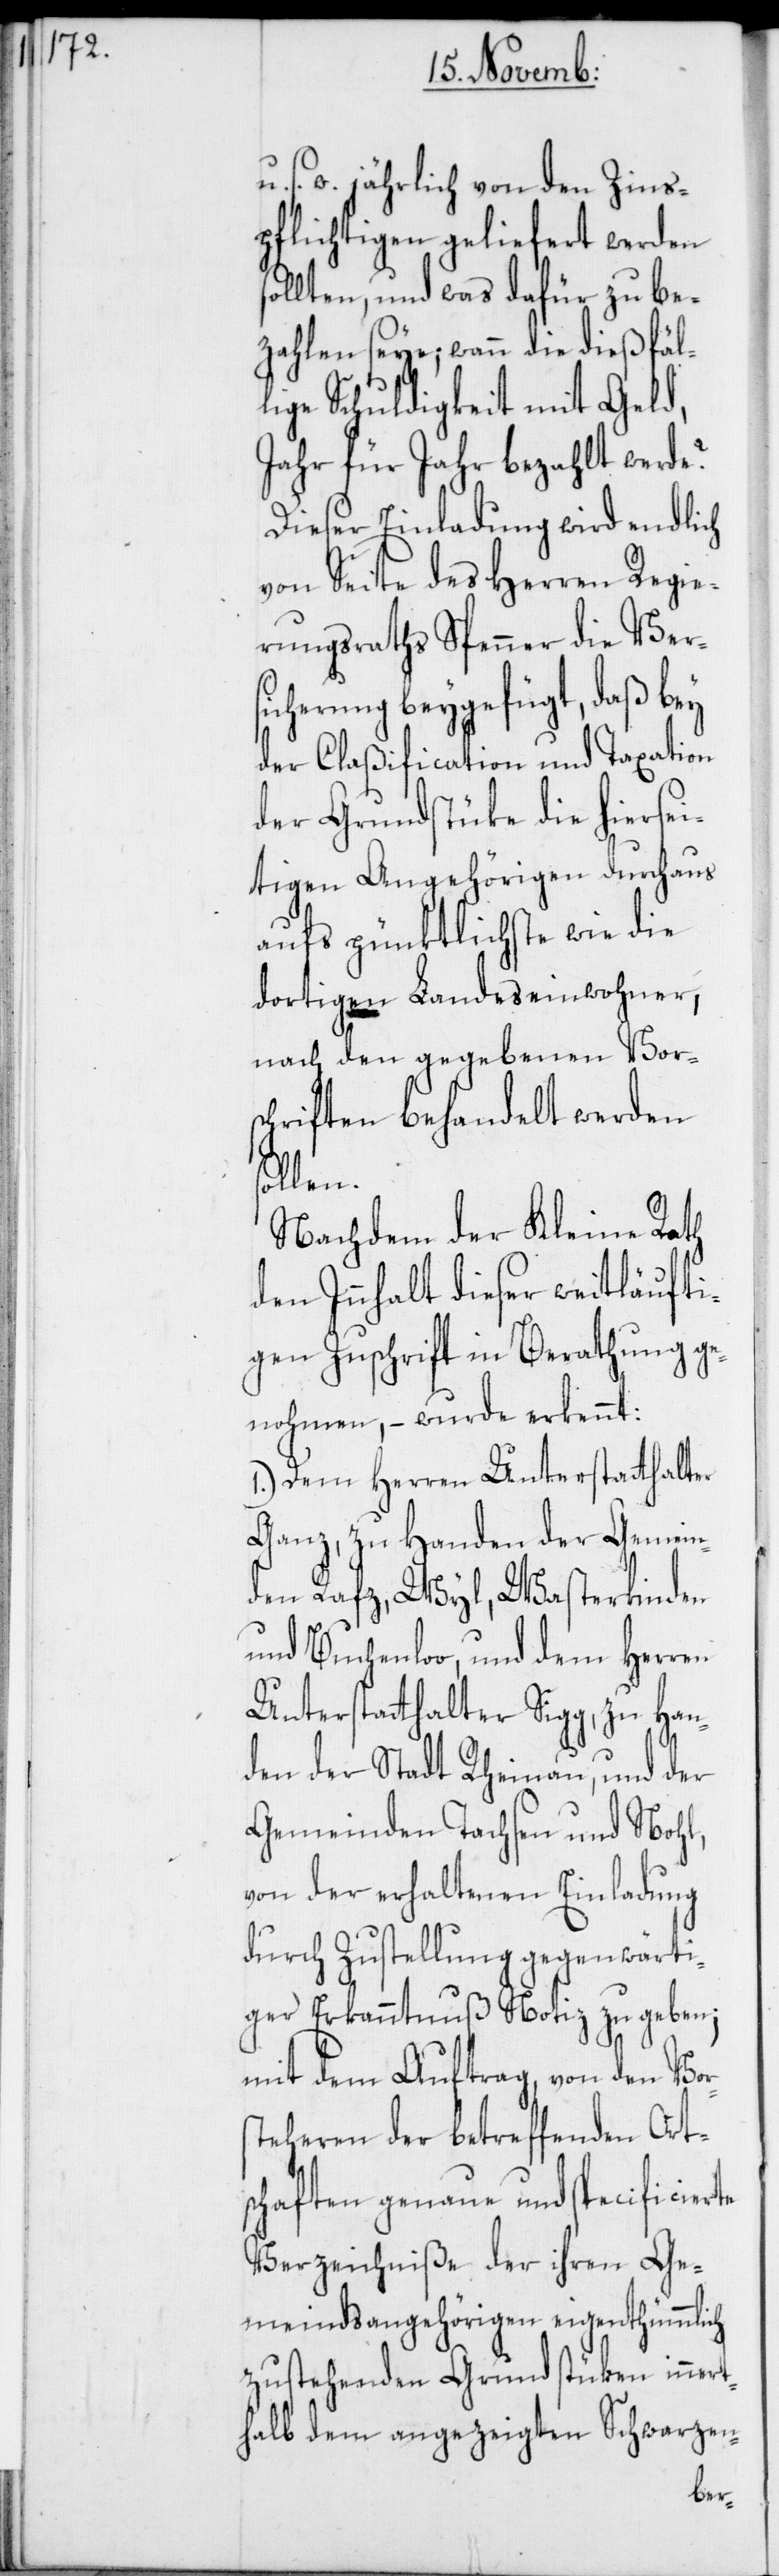
s¬

s. w. jährlich von den Zins¬
pflichtigen geliefert werden
ollten, und was dafür zu be¬
zahlen seye; wann die dießfäl¬
lige Schuldigkeit mit Geld,
Jahr für Jahr bezahlt werde?
Dieser Einladung wird endlich
von Seite des Herren Regie¬
rungsraths Spenner die Ver¬
sicherung beygefügt, daß bey
der Claßification und Taxation
der Grundstüke die hiersei¬
tigen Angehörigen durchaus
aufs pünktlichste wie die
dortigen Landeseinwohner,
nach den gegebenen Vor¬
schriften behandelt werden
sollen.
Nachdem der Kleine Rath
den Innhalt dieser weitläufi¬
gen Zuschrift in Berathung ge¬
nohmen, – wurde erkennt:
1.) Dem Herren Unterstatthalter
Ganz, zu Handen der Gemein¬
den Rafz, Wyl, Wasterkinden
und Buchenloo, und dem Herren
Unterstatthalter Sigg, zu Han¬
den der Stadt Rheinau, und der
Gemeinden Tachsen und Nohl,
von der erhaltenen Einladung
durch Zustellung gegenwärti¬
ger Erkanntnuß Notiz zu geben;
mit dem Auftrag, von den Vors¬
teheren der betreffenden Ort¬
schaften genaue und specificierte
Verzeichniße der ihren Ge¬
meindsangehörigen eigenthümmlich
zustehenden Grundstüken innert¬
halb dem angezeigten Schwarzen-